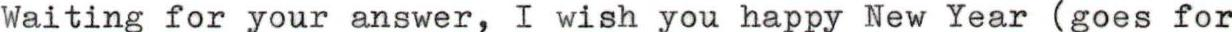
Waiting for your answer, I wish you happy New Year (goes for